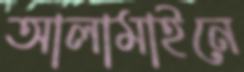
আলামাইনে